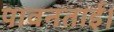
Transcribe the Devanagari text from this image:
पावनताई।